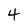
Character: 4